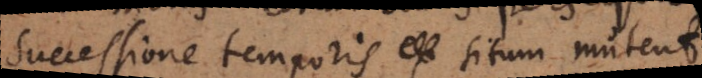
successione temporis situm mutent,